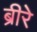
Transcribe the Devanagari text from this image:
ब्रीरे